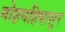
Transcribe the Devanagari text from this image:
मोहमहिषासुर